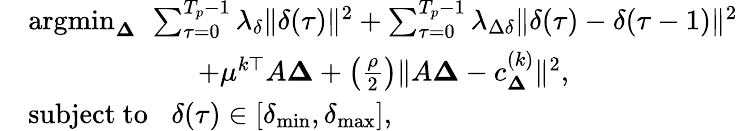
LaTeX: \begin{array}{rl}&{\operatorname{argmin}_{\boldsymbol{\Delta}}\ \sum_{\tau=0}^{T_{p}-1}\lambda_{\delta}\| \delta(\tau)\| ^{2}+\sum_{\tau=0}^{T_{p}-1}\lambda_{\Delta\delta}\| \delta(\tau)-\delta(\tau-1)\| ^{2}}\\ &{\quad\quad\quad\quad\quad\quad+\mu^{k\top}A\boldsymbol{\Delta}+\left(\frac{\rho}{2}\right)\| A\boldsymbol{\Delta}-c_{\boldsymbol{\Delta}}^{(k)}\| ^{2},}\\ &{\mathrm{subject~to}\; \; \; \delta(\tau)\in[\delta_{\operatorname*{min}},\delta_{\operatorname*{max}}],}\end{array}